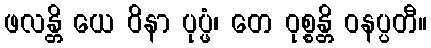
ဖလန္တိ ယေ ဝိနာ ပုပ္ဖံ၊ တေ ဝုစ္စန္တိ ဝနပ္ပတီ။